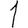
Digit: 1